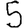
Digit: 5